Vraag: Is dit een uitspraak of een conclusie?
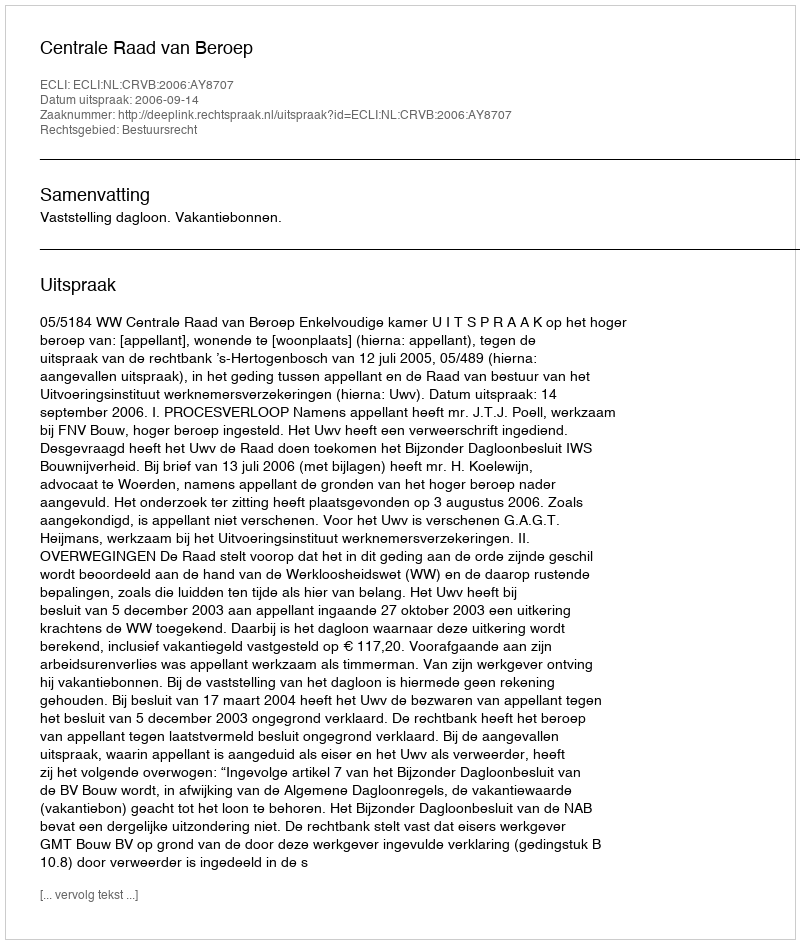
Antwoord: Uitspraak